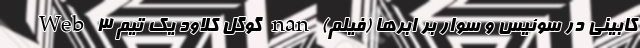
کابینی در سوئیس و سوار بر ابرها (فیلم) nan گوگل کلاود یک تیم Web 3